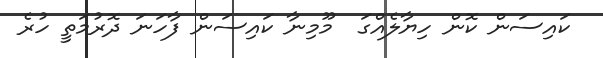
ކައިސަން ކޮން ހިޔާލެއްގަ  މޫމިނާ ކައިސަން ފާހަނަ ދޮރުމަތީ ހުރެ